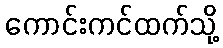
ကောင်းကင်ထက်သို့